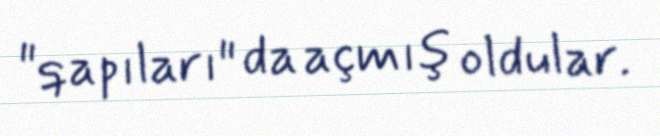
"qapıları" da açmış oldular.